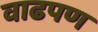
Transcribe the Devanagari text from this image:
वाढपण